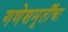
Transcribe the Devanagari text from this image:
गणेशमूर्तींचा